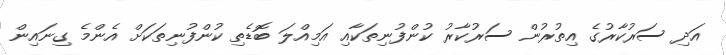
އަދި ސަރުކާރުގެ އިތުރުން ސަރުކާރު ކުންފުނިތަކާއި އަމިއްލަ ބޮޑެތި ކުންފުނިތަކަށް އެންމެ ގިނައިން